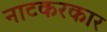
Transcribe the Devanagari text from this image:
नाटकरकार